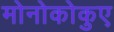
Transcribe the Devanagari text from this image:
मोनोकोकुए